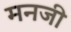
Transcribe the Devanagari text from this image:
मनजी